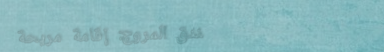
فندق المروج: إقامة مريحة